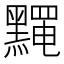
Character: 𪒎